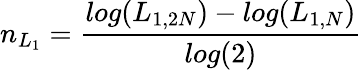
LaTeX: n_{L_{1}}=\displaystyle{\frac{log(L_{1,2N})-log(L_{1,N})}{log(2)}}